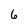
Character: 6